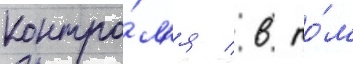
контро́л'я / в то́м